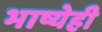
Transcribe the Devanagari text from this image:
भाष्येही